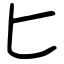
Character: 匕